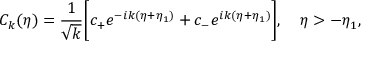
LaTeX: { \cal C } _ { k } ( \eta ) = \frac { 1 } { \sqrt { k } } \biggl [ c _ { + } e ^ { - i k ( \eta + \eta _ { 1 } ) } + c _ { - } e ^ { i k ( \eta + \eta _ { 1 } ) } \biggr ] , ~ ~ ~ \eta > - \eta _ { 1 } ,